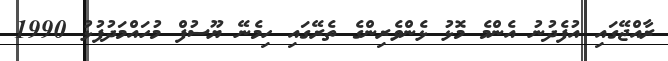
ރާއްޖޭގައި އުފެދުނު އެންމެ މޮޅު ޅެންވެރިންގެ ތެރޭގައި ހިމެނޭ ޔޫސުފް މުހައްމަދުފުޅު 1990